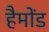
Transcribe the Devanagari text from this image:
हैमोंड